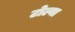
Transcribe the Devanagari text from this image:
टोल्या